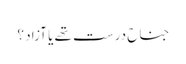
جناح درست تھے یا آزاد ؟